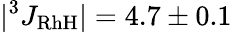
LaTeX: |^{3}J_{\mathrm{RhH}}|=4.7\pm 0.1